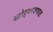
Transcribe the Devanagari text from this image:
खोऱ्याजवळ